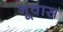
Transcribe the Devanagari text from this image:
नूवास